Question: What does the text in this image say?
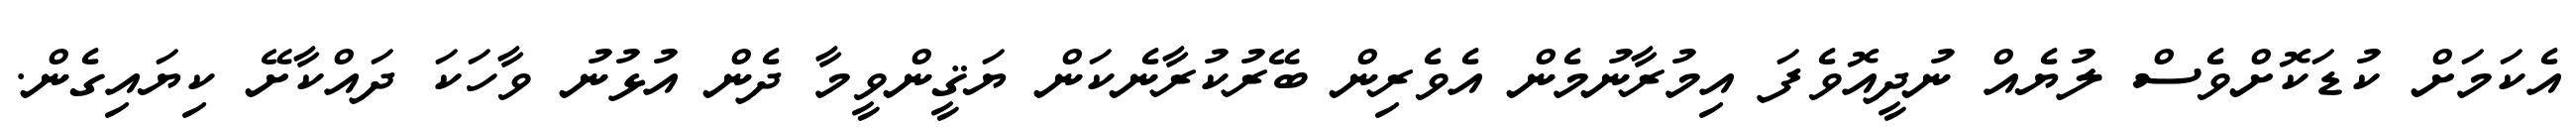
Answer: އެކަމަށް ކުޑަކޮށްވެސް ލުޔެއް ނުދީއޮވެފަ އިމުރާނުމެން އެވެރިން ބޭރުކުރާނެކަން ޔަޤީންވީމާ ދެން އުޅުނު ވާހަކަ ދައްކާށޭ ކިޔައިގެން.